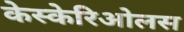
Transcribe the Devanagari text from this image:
केस्केरिओलस